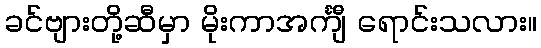
ခင်ဗျားတို့ဆီမှာ မိုးကာအင်္ကျီ ရောင်းသလား။